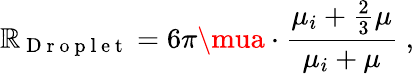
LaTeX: \mathbb{R}_{\mathrm{{~D~r~o~p~l~e~t~}}}=6\pi\mua\cdot\frac{{\mu_{i}+\frac{2}{3}\mu}}{{\mu_{i}+\mu}}\; ,